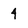
Character: 4